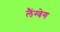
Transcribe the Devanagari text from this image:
लैंग्वेग